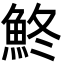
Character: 鮗